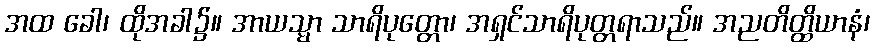
အထ ခေါ၊ ထိုအခါ၌။ အာယသ္မာ သာရိပုတ္တော၊ အရှင်သာရိပုတ္တရာသည်။ အညတိတ္ထိယာနံ၊